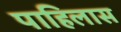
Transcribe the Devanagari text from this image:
पाहिलास